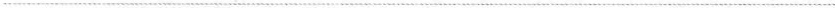
___